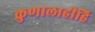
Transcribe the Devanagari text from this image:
कुणालाहीहि